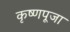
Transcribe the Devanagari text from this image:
कृष्‍णपूजा